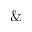
\&